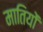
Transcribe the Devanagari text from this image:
मातियों